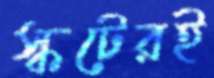
স্কটেরই